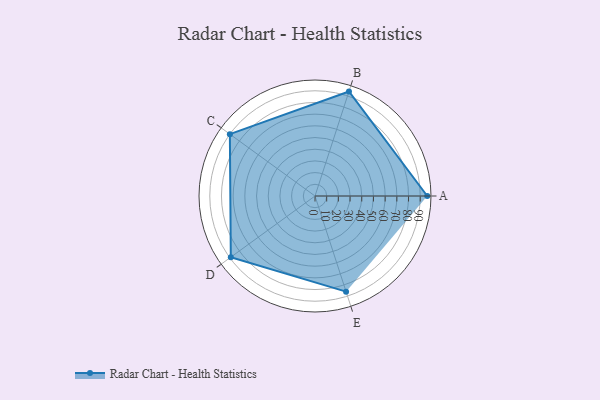
{"axis": {"x": "Skill", "y": "Score"}, "legend": ["Profile"], "data": [{"x": "A", "y": 96.0, "type": "Profile"}, {"x": "B", "y": 94.0, "type": "Profile"}, {"x": "C", "y": 90.0, "type": "Profile"}, {"x": "D", "y": 89.0, "type": "Profile"}, {"x": "E", "y": 86.0, "type": "Profile"}]}